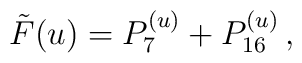
\tilde{F}(u)=P^{(u)}_7 + P^{(u)}_{16} \, ,